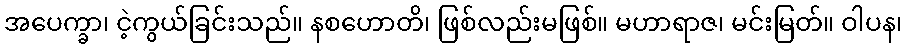
အပေက္ခာ၊ ငဲ့ကွယ်ခြင်းသည်။ နစဟောတိ၊ ဖြစ်လည်းမဖြစ်။ မဟာရာဇ၊ မင်းမြတ်။ ဝါပန၊